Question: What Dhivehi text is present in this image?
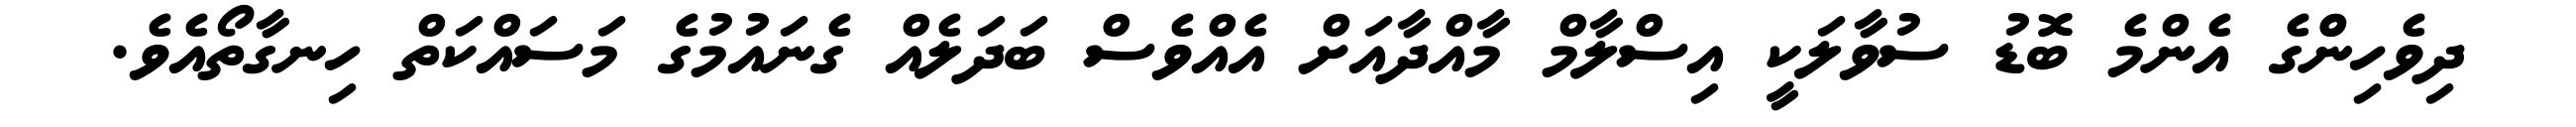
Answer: ދިވެހިންްގެ އެންމެ ބޮޑު ސުވާލަކީ އިސްލާމް މާއްދާއަށް އެއްވެސް ބަދަލެއް ގެނައުމުގެ މަސައްކަތް ހިނގާތޯއެވެ.